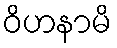
ဝိဟနာမိ